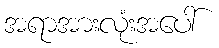
အရာအားလုံးအပေါ်